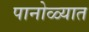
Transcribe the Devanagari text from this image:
पानोळ्यात